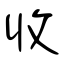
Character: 收